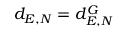
d _ { E , N } = d _ { E , N } ^ { G }